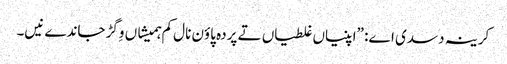
‏ کرینہ دسدی اے:‏ ”‏اپنیاں غلطیاں تے پردہ پاؤن نال کم ہمیشاں وِگڑ جاندے نیں۔